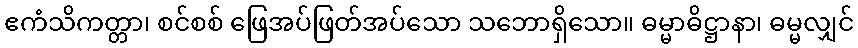
ဧကံသိကတ္တာ၊ စင်စစ် ဖြေအပ်ဖြတ်အပ်သော သဘောရှိသော။ ဓမ္မာဓိဋ္ဌာနာ၊ ဓမ္မလျှင်